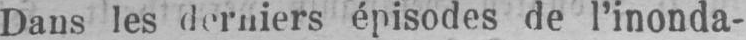
Dans les derniers épisodes de l’inonda-